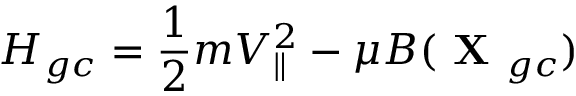
H _ { g c } = \frac { 1 } { 2 } m V _ { \parallel } ^ { 2 } - \mu B ( \textbf { X } _ { g c } )